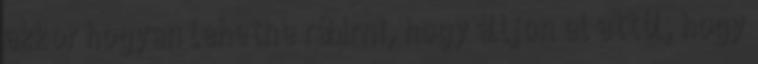
akkor hogyan lehetne rábírni, hogy álljon el attól, hogy